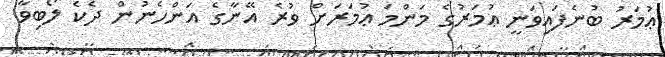
ޢުމަރު ބުނެފައިވަނީ ޢުމަރުގެ މަންމަ ޢުމަރަށް ވުރެ އޭނާގެ އަންހެނުން ދެކެ ލޯބިވާ